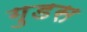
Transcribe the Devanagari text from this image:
गुडस